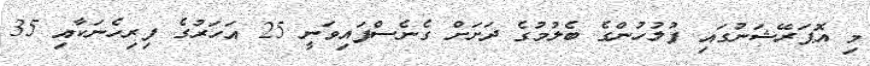
މި އޮޕަރޭޝަނުގައި ފުލުހުންގެ ބެލުމުގެ ދަށަށް ގެނެސްފައިވަނީ 25 އަހަރުގެ ފިރިހެނަކާއި 35